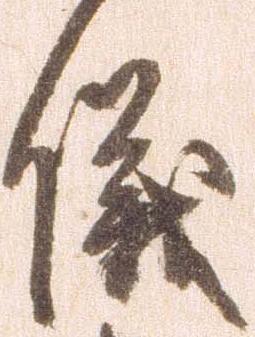
儀